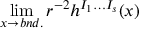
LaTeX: \operatorname * { l i m } _ { x \to b n d . } r ^ { - 2 } h ^ { I _ { 1 } \ldots I _ { s } } ( x )